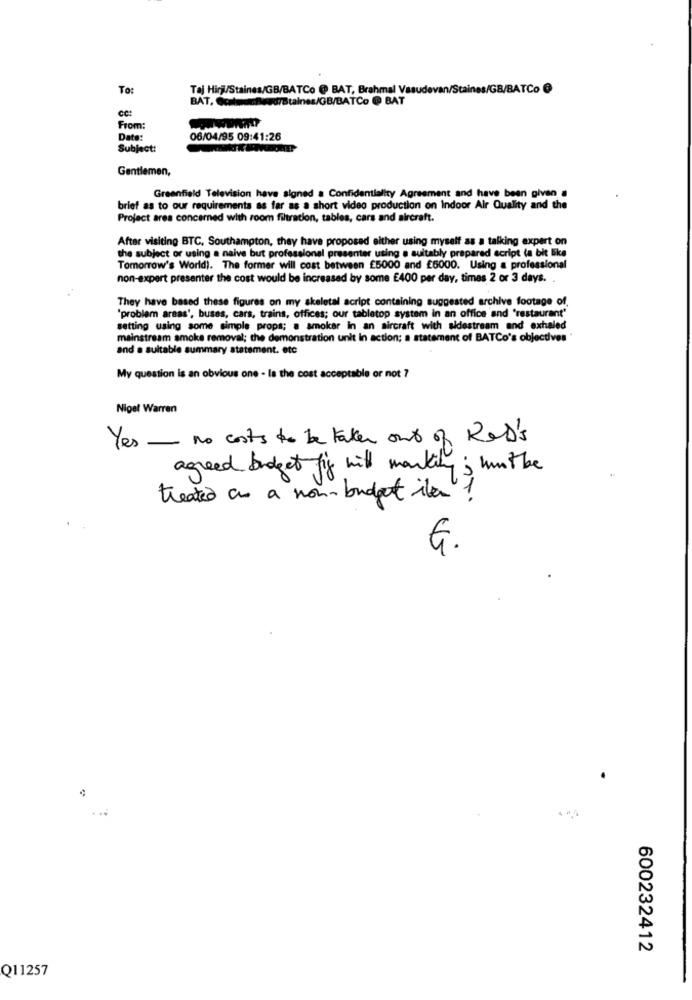
To:
Taj Hirji/Staines/GB/BATCo @ BAT, Brahmal Vasudevan/Staines/GB/BATCo @
BAT. Com
Forstalnes/GB/BATCo @ BAT
ce:
From:
Date:
06/04/95 09:41:26
Subject:
Gentlemen,
Greenfield Television have signed a Confidentiality Agreement and have been given a
brief as to our requirements as far as a short video production on Indoor Air Quality and the
Project area concerned with room filtration, tables, cars and aircraft.
After visiting BTC, Southampton, they have proposed either using myself as a talking expert on
the subject or using a naive but professionel presenter using a suitably prepared script (a bit like
Tomorrow's World). The former will cost between £5000 and £6000. Using a professional
non-expert presenter the cost would be increased by some E400 per day, times 2 or 3 days. .
They have based these figures on my skeletal script containing suggested archive footage of.
"problem areas', buses, cars, trains, offices; our tabletop system in an office and 'restaurant'
setting using some simple props; a smoker in an aircraft with sidestream and exhaled
mainstream smoke removal; the demonstration unit In action; a statement of BATCo's objectives
and a suitable summary statement. etc
My question is an obvious one - la the cost acceptable or not ?
Nigel Warren
Yes - no costs to be taken out of ROD's
agreed budget fix will marking ; mint be
treated as a non-budget ile !
G.
600232412
Q11257